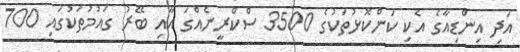
އަދި އިންޑިއާގެ އެކި ކަންކޮޅުތަކުގެ 3500 ސްކްރީނެއްގަ އާއި ބޭރު ގައުމުތަކުގައި 700